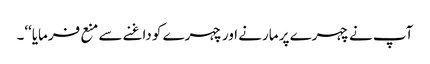
آپ نے چہرے پر مارنے اور چہرے کو داغنے سے منع فرمایا‘‘۔